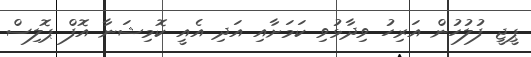
ޕީޖީ ފުލުހުން އަރިހު ވިދާޅުވި ކަމަށާއި އަދި އެއީ ކޮމިޝަނާ އޮފް ޕޮލިސް